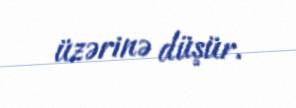
üzərinə düşür.